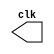
//-- Arquitetura de Computadores --
//-------- Miller - 449048 --------
//--------- Clock ----------

module Clock ( clk ); 
output clk; 
reg clk;

	initial 
		begin 
			clk = 1'b0; 
		end 

	always 
		begin 
			#5 clk = ~clk; 
		end

endmodule // Fim do Clock.